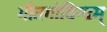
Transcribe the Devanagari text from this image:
गीतगोविन्दम्